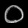
Digit: ၀